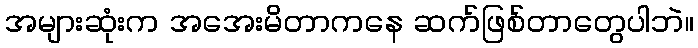
အများဆုံးက အအေးမိတာကနေ ဆက်ဖြစ်တာတွေပါဘဲ။